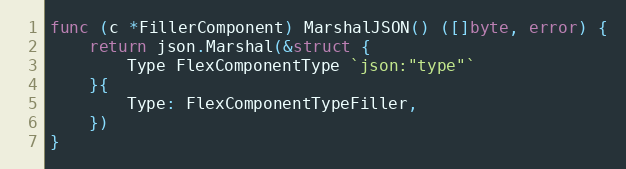
Language: Go
func (c *FillerComponent) MarshalJSON() ([]byte, error) {
	return json.Marshal(&struct {
		Type FlexComponentType `json:"type"`
	}{
		Type: FlexComponentTypeFiller,
	})
}